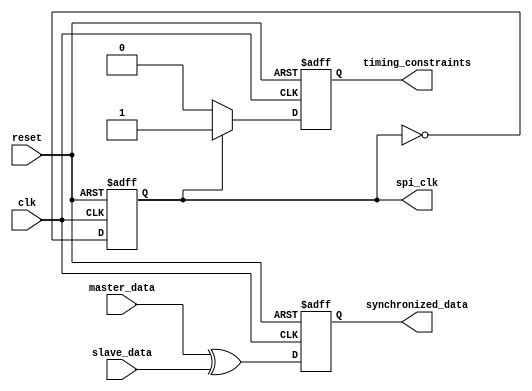
module SPI_Controller (
    input wire clk,
    input wire reset,
    input wire master_data,
    input wire slave_data,
    output reg spi_clk,
    output reg synchronized_data,
    output reg timing_constraints
);

reg [7:0] data_reg;

always @(posedge clk or posedge reset) begin
    if(reset) begin
        data_reg <= 8'b0;
        spi_clk <= 1'b0;
        synchronized_data <= 1'b0;
        timing_constraints <= 1'b0;
    end else begin
        // SPI Clock generation logic
        spi_clk <= ~spi_clk;
        
        // Data synchronization between master and slave devices
        synchronized_data <= master_data ^ slave_data;
        
        // Timing constraint enforcement logic
        if(spi_clk) begin
            timing_constraints <= 1'b1;
        end else begin
            timing_constraints <= 1'b0;
        end
        
        // Data transmission and reception sequencing
        if(master_data) begin
            data_reg <= data_reg + 1;
        end
    end
end

endmodule